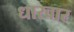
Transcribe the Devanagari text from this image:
धारवार